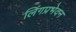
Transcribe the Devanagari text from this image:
लिंगप्रभेदन